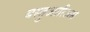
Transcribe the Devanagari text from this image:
बस्तुआरिअस